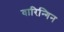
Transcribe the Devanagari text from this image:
वारिन्गिन